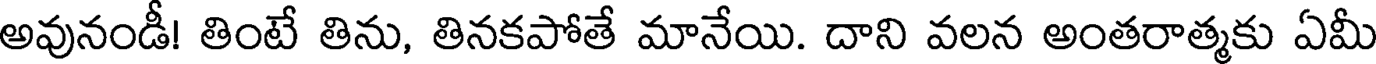
అవునండీ! తింటే తిను, తినకపోతే మానేయి. దాని వలన అంతరాత్మకు ఏమీ